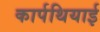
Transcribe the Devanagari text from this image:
कार्पथियाई